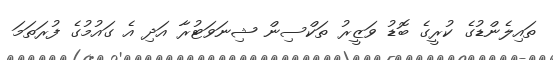
ތައިލެންޑުގެ ކުރީގެ ބޮޑު ވަޒީރު ތަކްސިން ޝިނަވަޓުރާ އަދި އެ ގައުމުގެ ފުރަތަމަ